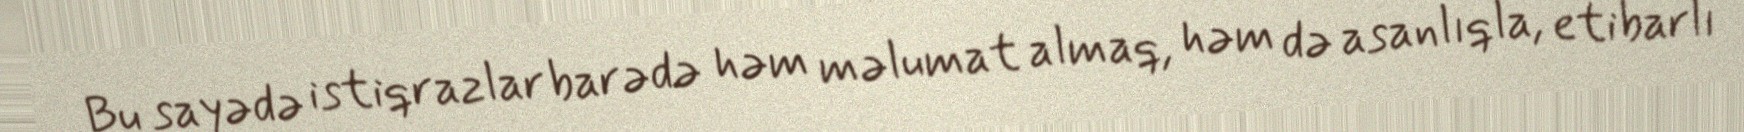
Bu sayədə istiqrazlar barədə həm məlumat almaq, həm də asanlıqla, etibarlı